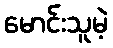
မောင်းသူမဲ့